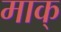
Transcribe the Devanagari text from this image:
माक्